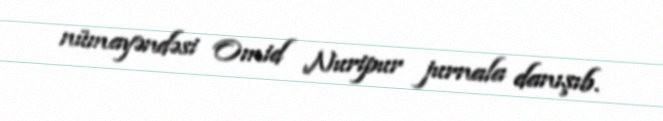
nümayəndəsi Omid Nuripur jurnala danışıb.